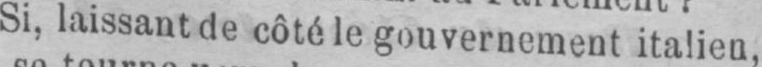
Si, laissant de côté le gouvernement italien,